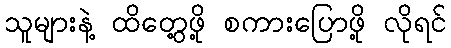
သူများနဲ့ ထိတွေ့ဖို့ စကားပြောဖို့ လိုရင်